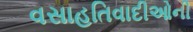
વસાહતિવાદીઓની